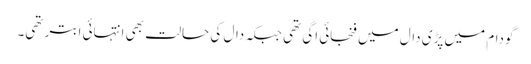
گودام میں پڑی دال میں فنجائی اگی تھی جبکہ دال کی حالت بھی انتہائی ابتر تھی۔